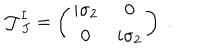
{ \cal J } _ { ~ J } ^ { I } = \left( \begin{array} { c c } { { i \sigma _ { 2 } } } & { { 0 } } \\ { { 0 } } & { { i \sigma _ { 2 } } } \\ \end{array} \right) \ .